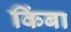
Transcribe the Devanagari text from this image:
किंबा